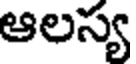
ఆలస్య